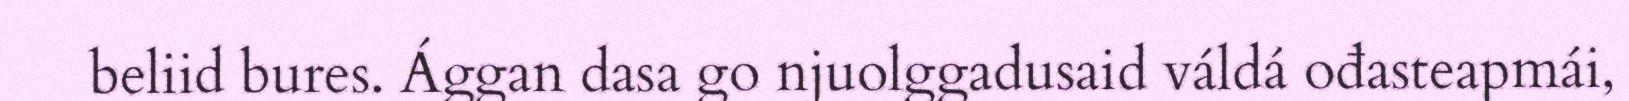
beliid bures. Ággan dasa go njuolggadusaid váldá ođasteapmái,